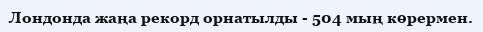
Лондонда жаңа рекорд орнатылды - 504 мың көрермен.